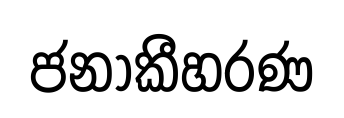
ජනාකීහරණ